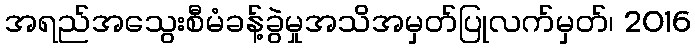
အရည်အသွေးစီမံခန့်ခွဲမှုအသိအမှတ်ပြုလက်မှတ်၊ 2016